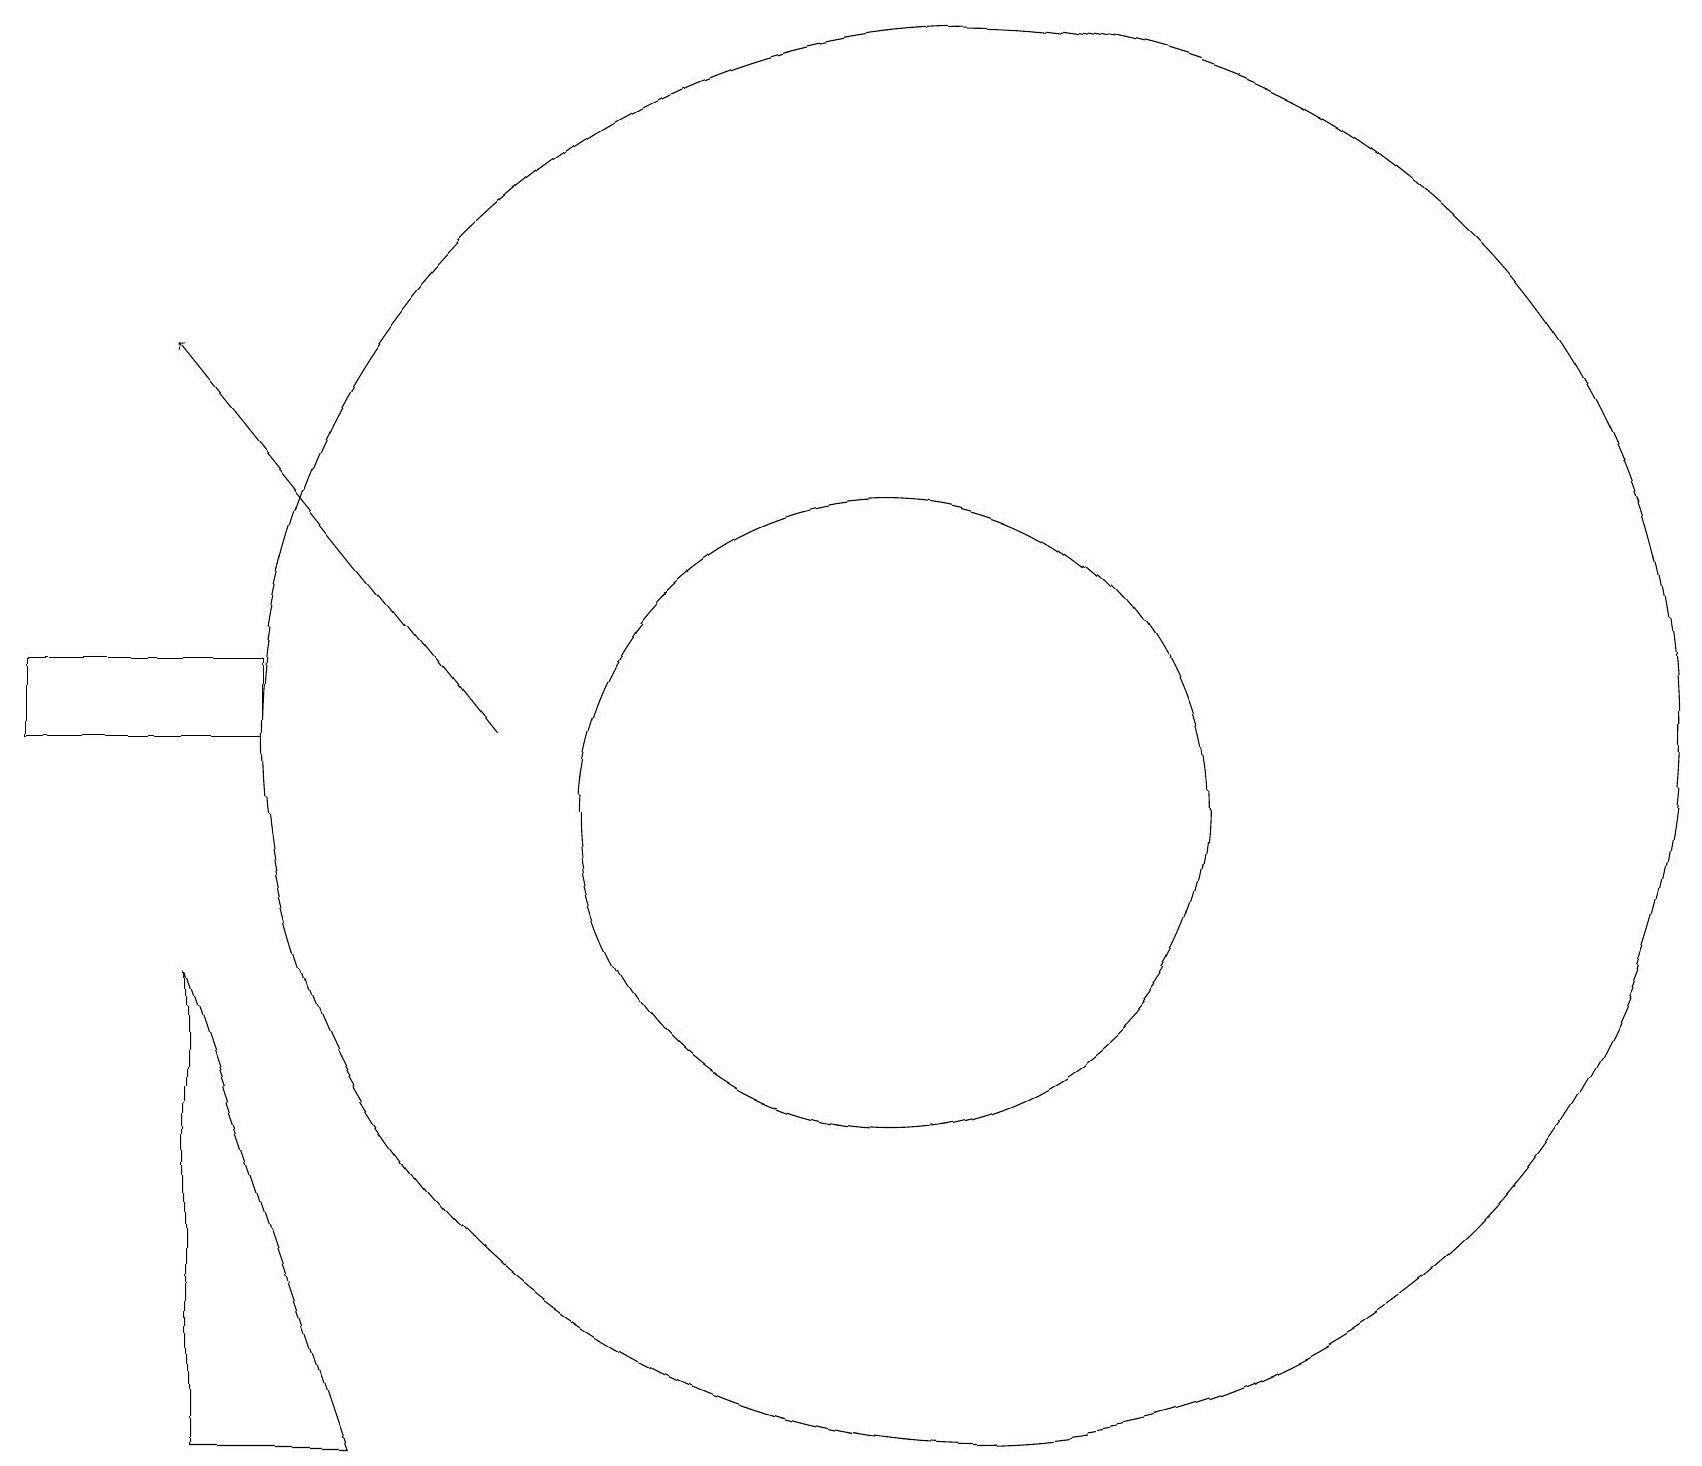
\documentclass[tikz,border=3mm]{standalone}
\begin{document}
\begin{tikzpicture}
\draw (2,8) -- (2,2) -- (4,2) -- cycle;
\draw[->] (6,11) -- (2,16);
\draw (12,11) circle (9);
\draw (3,12) rectangle (0,11);
\draw (11,10) circle (4);
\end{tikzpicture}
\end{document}